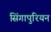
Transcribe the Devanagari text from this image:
सिंगापुरियन